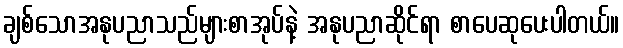
ချစ်သောအနုပညာသည်များစာအုပ်နဲ့ အနုပညာဆိုင်ရာ စာပေဆုပေးပါတယ်။